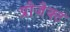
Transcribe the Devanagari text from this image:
प्रौजैक्ट